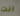
انت